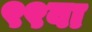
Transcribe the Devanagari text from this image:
९९वा